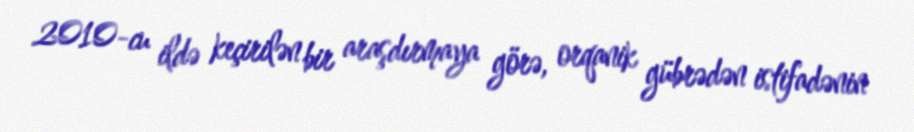
2010-cu ildə keçirilən bir araşdırmaya görə, orqanik gübrədən istifadənin